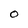
Character: O